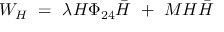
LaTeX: W _ { H } \ = \ \lambda H \Phi _ { 2 4 } { \bar { H } } \ + \ M H { \bar { H } }